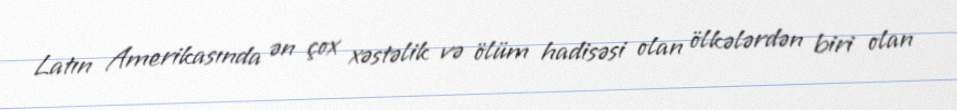
Latın Amerikasında ən çox xəstəlik və ölüm hadisəsi olan ölkələrdən biri olan